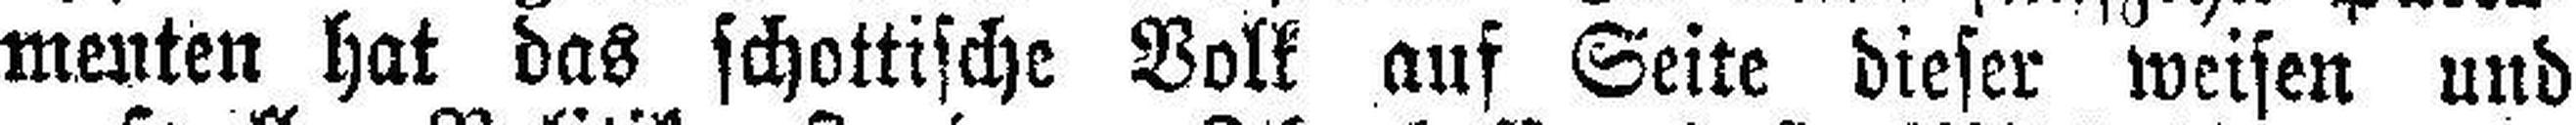
menten hat das schottische Volk auf Seite dieser weisen und